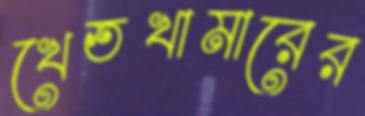
খেতখামারের